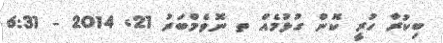
ބިކުރާ ހުރީ ކޮން ގުޅުމެއް ތ ނޮވެމްބަރު 21